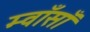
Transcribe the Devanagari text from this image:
म्वाँसाँ